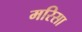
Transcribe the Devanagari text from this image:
मरिसा